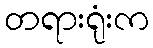
တရားရုံးက